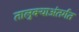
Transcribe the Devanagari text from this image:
तालुक्याअंतर्गत